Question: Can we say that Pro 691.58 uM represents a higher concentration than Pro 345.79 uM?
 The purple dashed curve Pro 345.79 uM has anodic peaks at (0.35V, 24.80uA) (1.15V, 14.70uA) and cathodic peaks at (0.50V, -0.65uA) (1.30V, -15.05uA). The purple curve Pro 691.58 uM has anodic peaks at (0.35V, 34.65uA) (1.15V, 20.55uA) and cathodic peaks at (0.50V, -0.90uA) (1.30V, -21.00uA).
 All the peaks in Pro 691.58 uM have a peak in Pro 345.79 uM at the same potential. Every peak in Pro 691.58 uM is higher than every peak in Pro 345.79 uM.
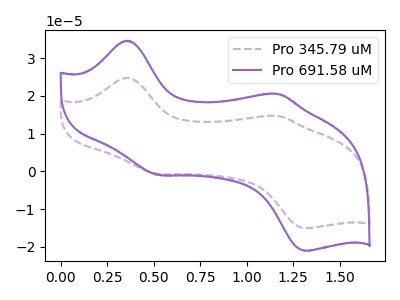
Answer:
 <answer>"Pro 691.58 uM" has more signal than "Pro 345.79 uM" and so likely has a higher concentration.</answer>
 <eval>more_concentration</eval>